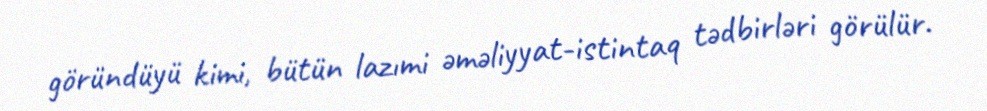
göründüyü kimi, bütün lazımi əməliyyat-istintaq tədbirləri görülür.